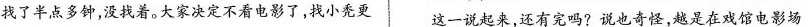
找了半点多钟，没找着。大家决定不看电影了，找小秃更 这一说起来，还有完吗?说也奇怪，越是在戏馆电影场